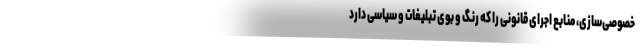
خصوصی‌سازی، منابع اجرای قانونی را که رنگ و بوی تبلیغات و سیاسی دارد